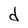
Character: d